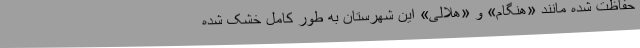
حفاظت شده مانند «هنگام» و «هلالی» این شهرستان به طور کامل خشک شده